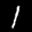
Label: 1